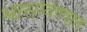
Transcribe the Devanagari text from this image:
भासविण्यात